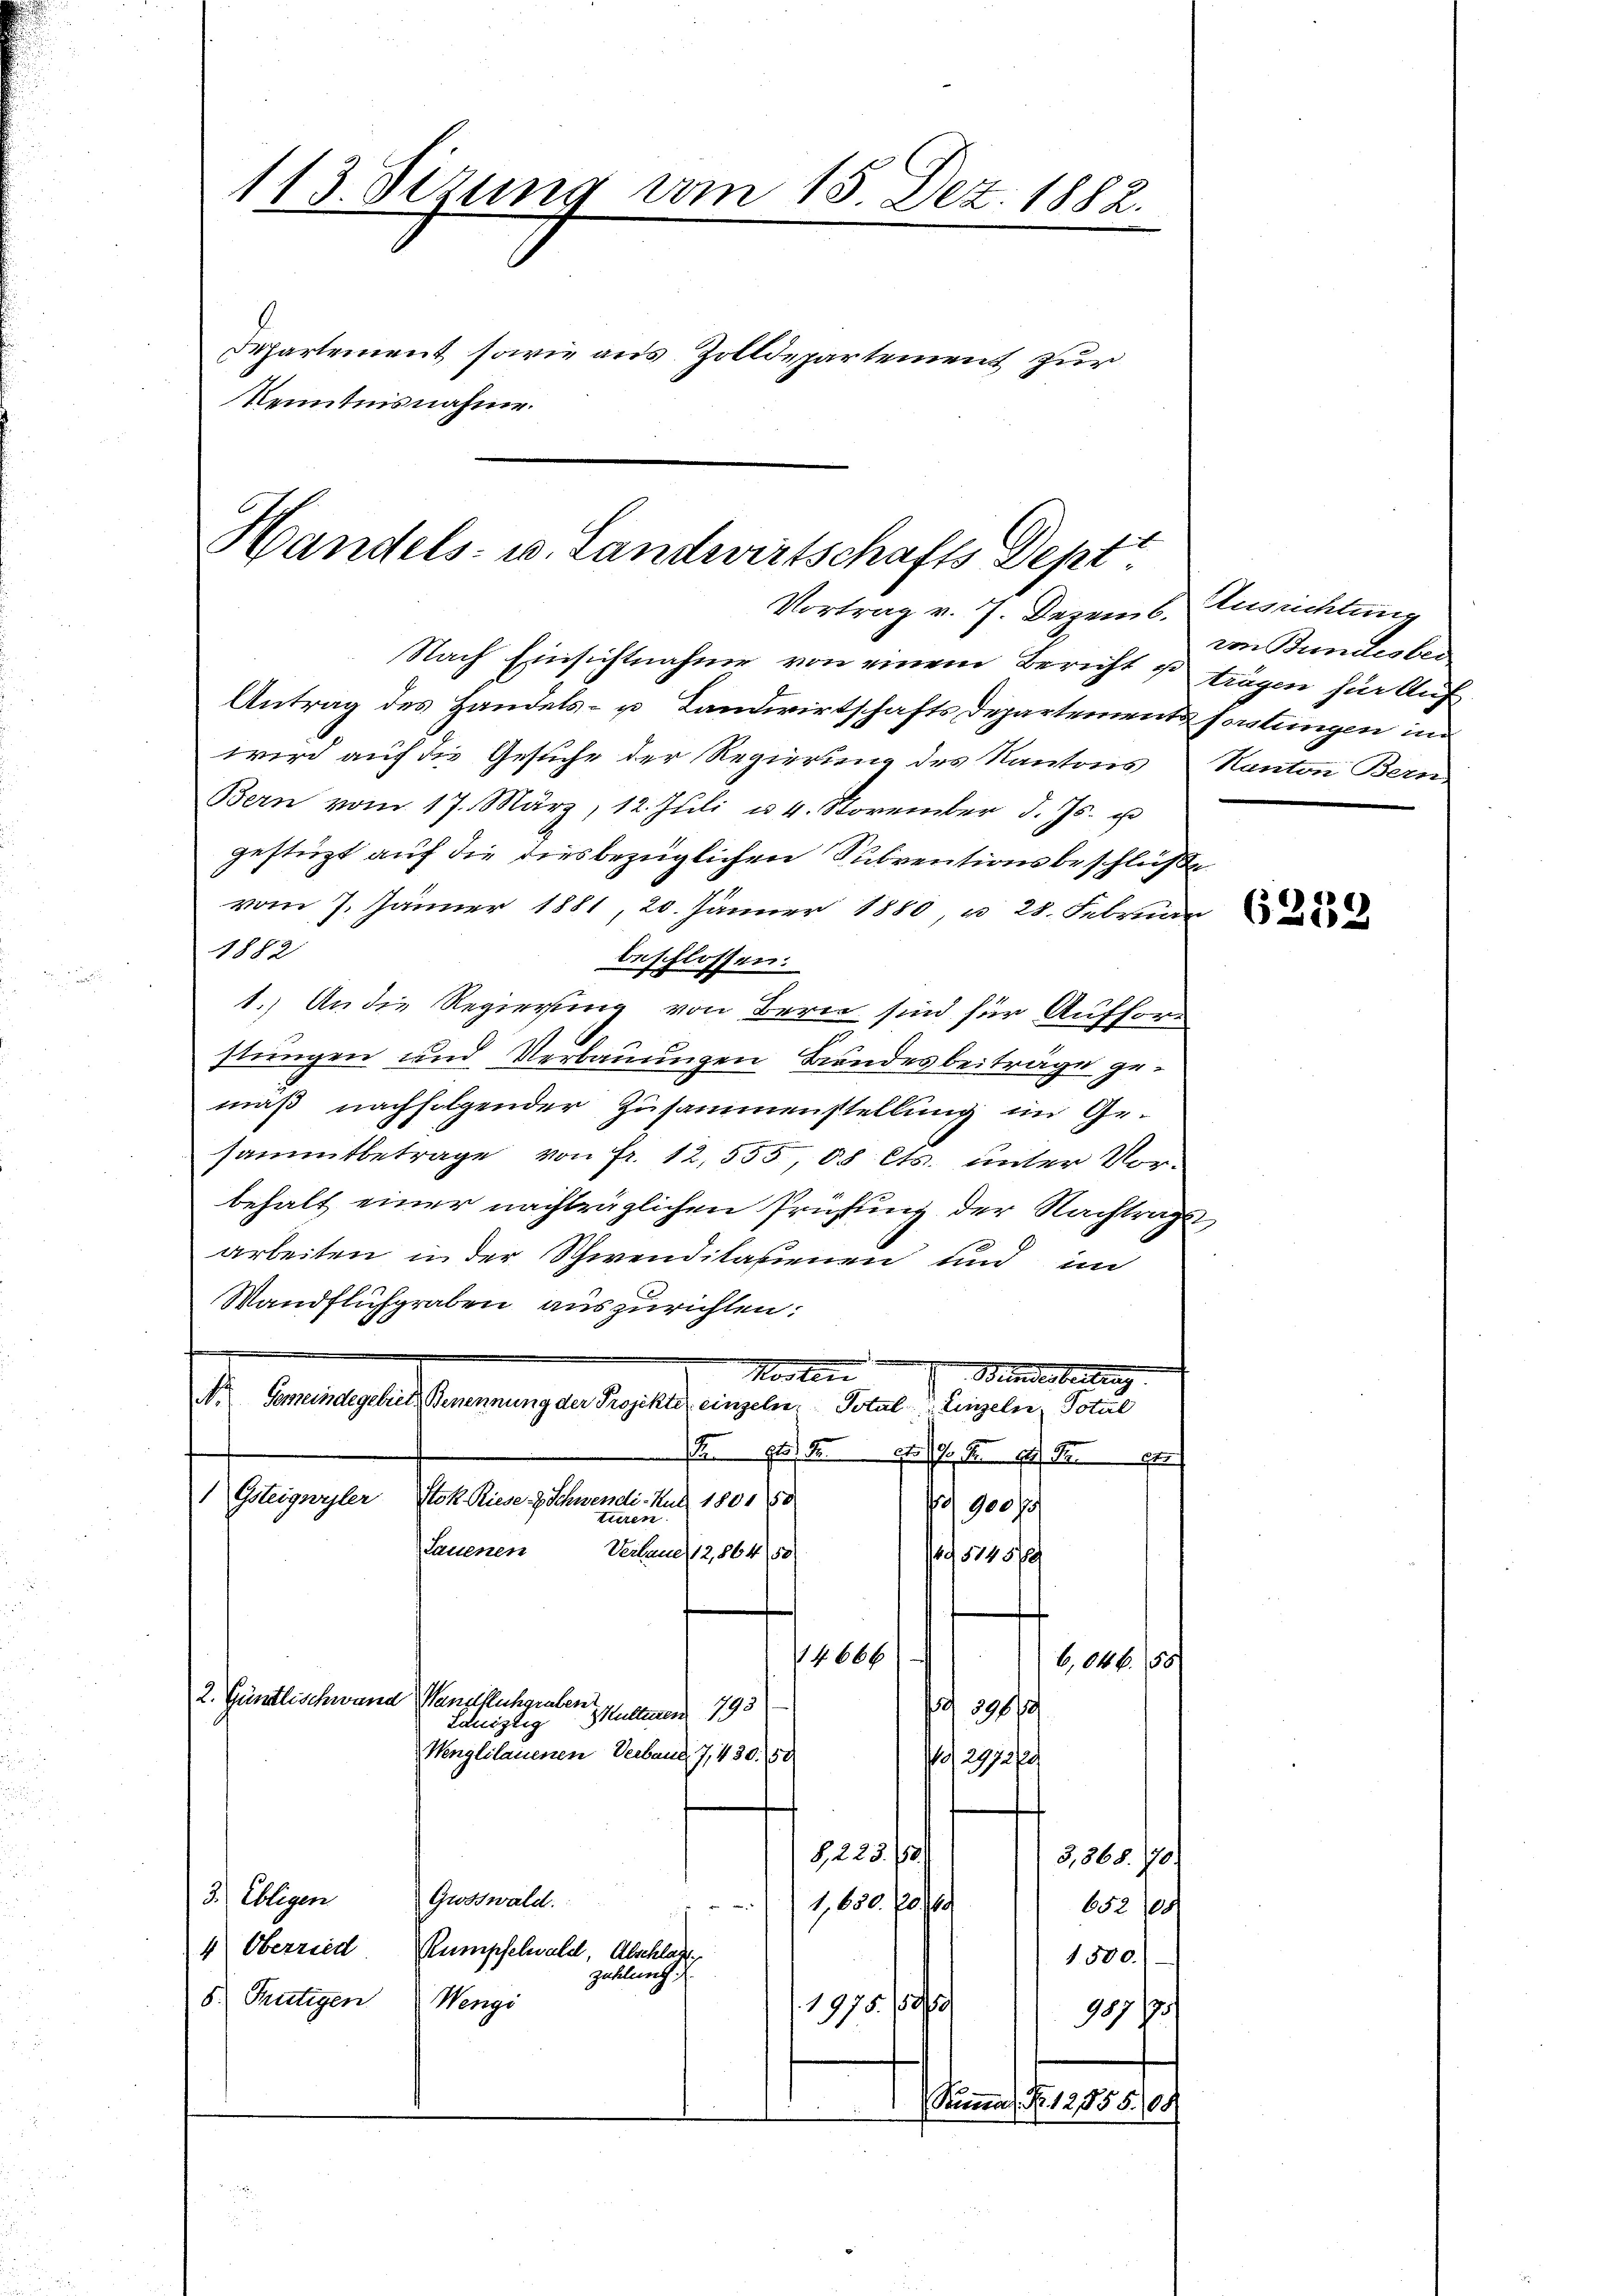
113. Sezung vom 15. Dez. 1882.
Departement sowie aus Zolldepartement zur
Kenntnisnahme.

Handels- u. Landwirtschafts Dept
Vortrag v. 7. Dezemb. Ausrichtung
Nach Einsichtnahme von einem Bericht u. trägen für Auf

Antrag des Handels- u Landwirtschafts Departement fortungen im
wird auf die Gesuche der Regierung des Kantons
Bern vom 17. März, 12. Juli u. 4. November d. Js. u
gestüzt auf die diesbezüglichen Subventionsbeschlüße
vom 7. Jänner 1881, 20. Jänner 1880, u. 28. Februar
1882
beschlossen.
1.) An die Regierung von Bern sind für Aufford
stungen und Verbauungen Bundesbeiträge gemäß nachfolgender Zusammenstellung im Ge-
sammtbetrage von Fr. 12,555, 88 Cts. unter Vorbehalt einer nachträglichen Prüfung der Nachtrags
arbeiten in der Schwenditasienen und im
Wandfluhgraben auszurichten:
Kosteri
Bundesbeitung
I. Genangeladenennung der Regelung eingeben. Soldat Langelen, sowie
 114 f 12
Gsteigwyler Stok. Riese & Schwendi. Kur 1801 50
3/900/
turen.
Lauenen Verbaue 12,864, 50
,1195/2/
4666
6,646. 50
2. Güntlischwand Handfluhgraben.

Lonistig Multeren 793
Wenglilauenen Verbaud 7, 430. 50
12972 f
8, 223. 158.
3,368. 70.
3. Obligen
Grosswald
1,650. 70. 68
652/10
4 Oberried. Rumpfelwald, Abschlage
1500.
zählung
5. Frutigen Wengi
1975. 1889
19 1/

ometer 1851

von Bundesber
Kanton Bern